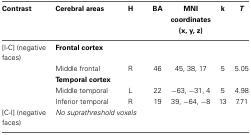
<table><thead><tr><td><b>Contrast</b></td><td><b>Cerebral areas</b></td><td><b>H</b></td><td><b>BA</b></td><td><b>MNI coordinates (x, y, z)</b></td><td><b>k</b></td><td><b><i>T</i></b></td></tr></thead><tbody><tr><td>[I-C] (negative faces)</td><td colspan="6"><b>Frontal cortex</b></td></tr><tr><td></td><td>Middle frontal</td><td>R</td><td>46</td><td>45, 38, 17</td><td>5</td><td>5.05</td></tr><tr><td></td><td colspan="6"><b>Temporal cortex</b></td></tr><tr><td></td><td>Middle temporal</td><td>L</td><td>22</td><td>−63, −31, 4</td><td>5</td><td>4.98</td></tr><tr><td></td><td>Inferior temporal</td><td>R</td><td>19</td><td>39, −64, −8</td><td>13</td><td>7.71</td></tr><tr><td>[C-I] (negative faces)</td><td colspan="2"><i>No suprathreshold voxels</i></td><td></td><td></td><td></td><td></td></tr></tbody></table>